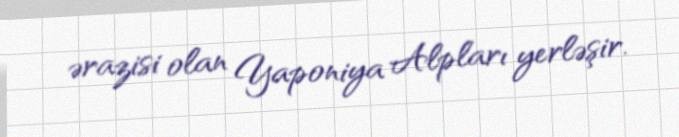
ərazisi olan Yaponiya Alpları yerləşir.